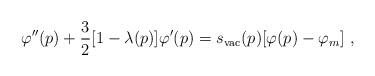
\begin{align*}\varphi'' (p) + {3\over 2} [ 1 - \lambda (p)] \varphi '(p) = s_{\rm vac} (p) [\varphi (p) - \varphi_m]\ , \end{align*}